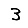
Digit: 3